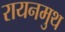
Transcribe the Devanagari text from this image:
रायनमुथ